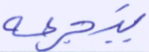
يتجرعه